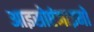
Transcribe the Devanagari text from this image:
आइसोएंजाइमों